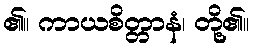
၏။ ကာယစိတ္တာနံ၊ တို့၏။